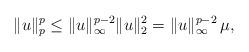
LaTeX: \begin{align*}\Vert u\Vert_p^p\leq \Vert u\Vert_\infty^{p-2} \Vert u\Vert_2^2=\Vert u\Vert_\infty^{p-2} \,\mu,\end{align*}